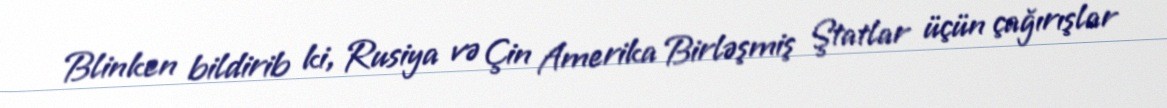
Blinken bildirib ki, Rusiya və Çin Amerika Birləşmiş Ştatlar üçün çağırışlar